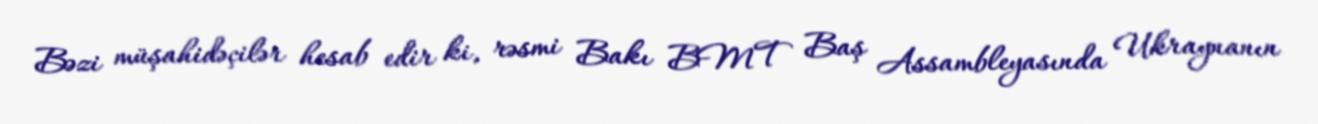
Bəzi müşahidəçilər hesab edir ki, rəsmi Bakı BMT Baş Assambleyasında Ukraynanın